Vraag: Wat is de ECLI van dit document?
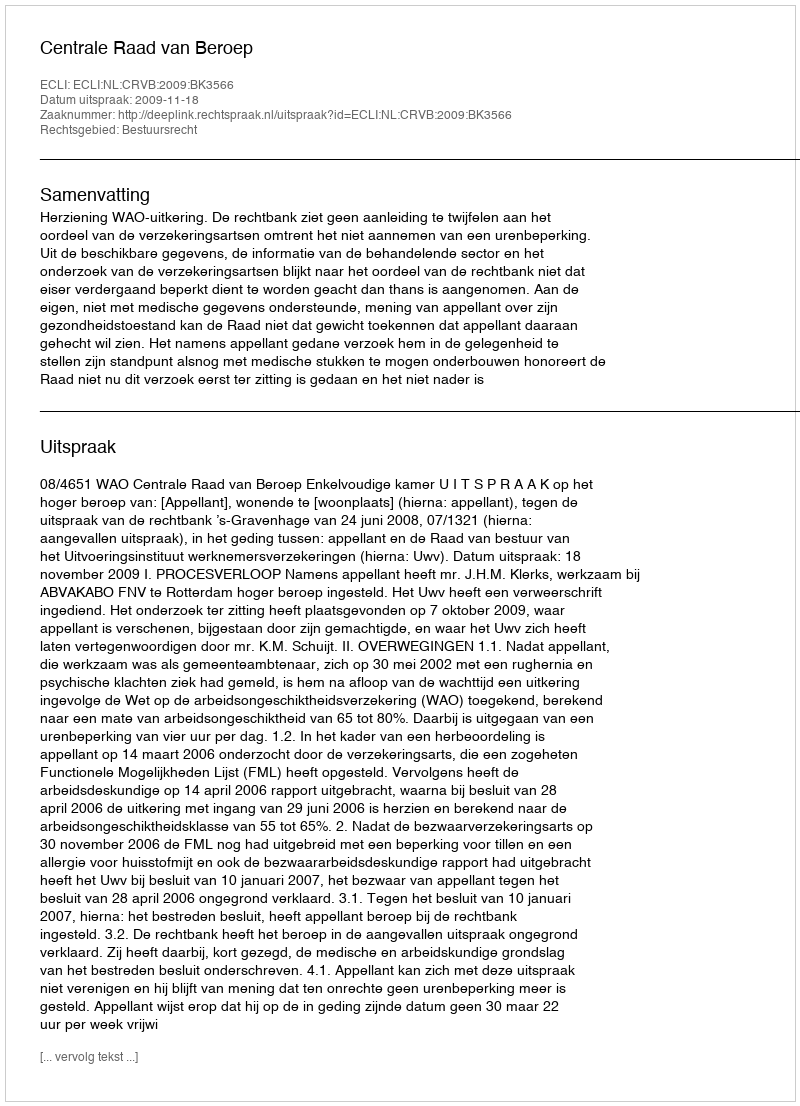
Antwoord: ECLI:NL:CRVB:2009:BK3566